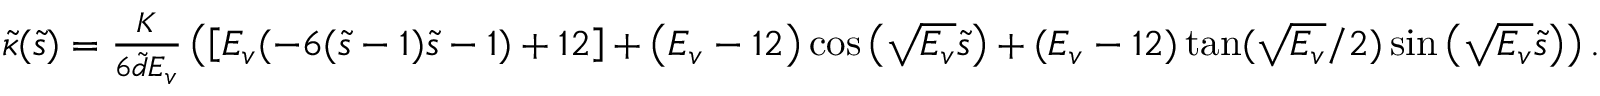
\begin{array} { r } { \tilde { \kappa } ( \tilde { s } ) = \frac { K } { 6 \tilde { d } E _ { v } } \left( \left[ E _ { v } ( - 6 ( \tilde { s } - 1 ) \tilde { s } - 1 ) + 1 2 \right] + \left( E _ { v } - 1 2 \right) \cos \left( \sqrt { E _ { v } } \tilde { s } \right) + ( E _ { v } - 1 2 ) \tan ( \sqrt { E _ { v } } / 2 ) \sin \left( \sqrt { E _ { v } } \tilde { s } \right) \right) . } \end{array}